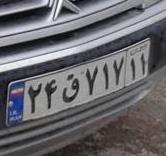
۲۴ق۷۱۷۱۱